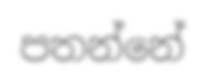
පතන්නේ